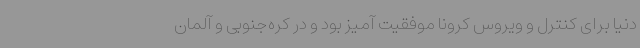
دنیا برای کنترل و ویروس کرونا موفقیت آمیز بود و در کره‌جنوبی و آلمان